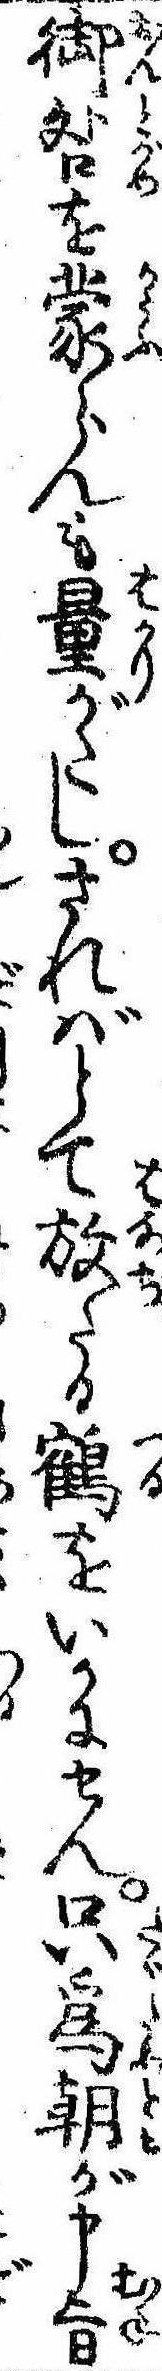
御咎を蒙らんも量がたしさればとて放たる鶴をいかにせん只為朝が申旨